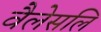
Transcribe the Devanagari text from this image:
वैलेसलि